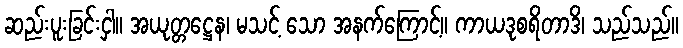
ဆည်းပူးခြင်းငှါ။ အယုတ္တဋ္ဌေန၊ မသင့် သော အနက်ကြောင့်။ ကာယဒုစရိတာဒိ၊ သည်သည်။